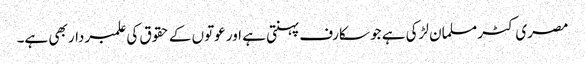
مصری کٹر مسلمان لڑکی ہے جو سکارف پہنتی ہے اور عوتوں کے حقوق کی علمبردار بھی ہے۔